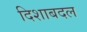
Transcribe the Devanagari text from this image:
दिशाबदल